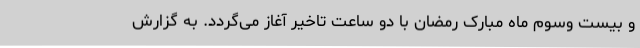
و بیست وسوم ماه مبارک رمضان با دو ساعت تاخیر آغاز می‌گردد. به گزارش